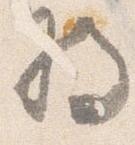
将